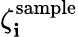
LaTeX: \zeta_{\mathbf{i}}^{\mathrm{{sample}}}